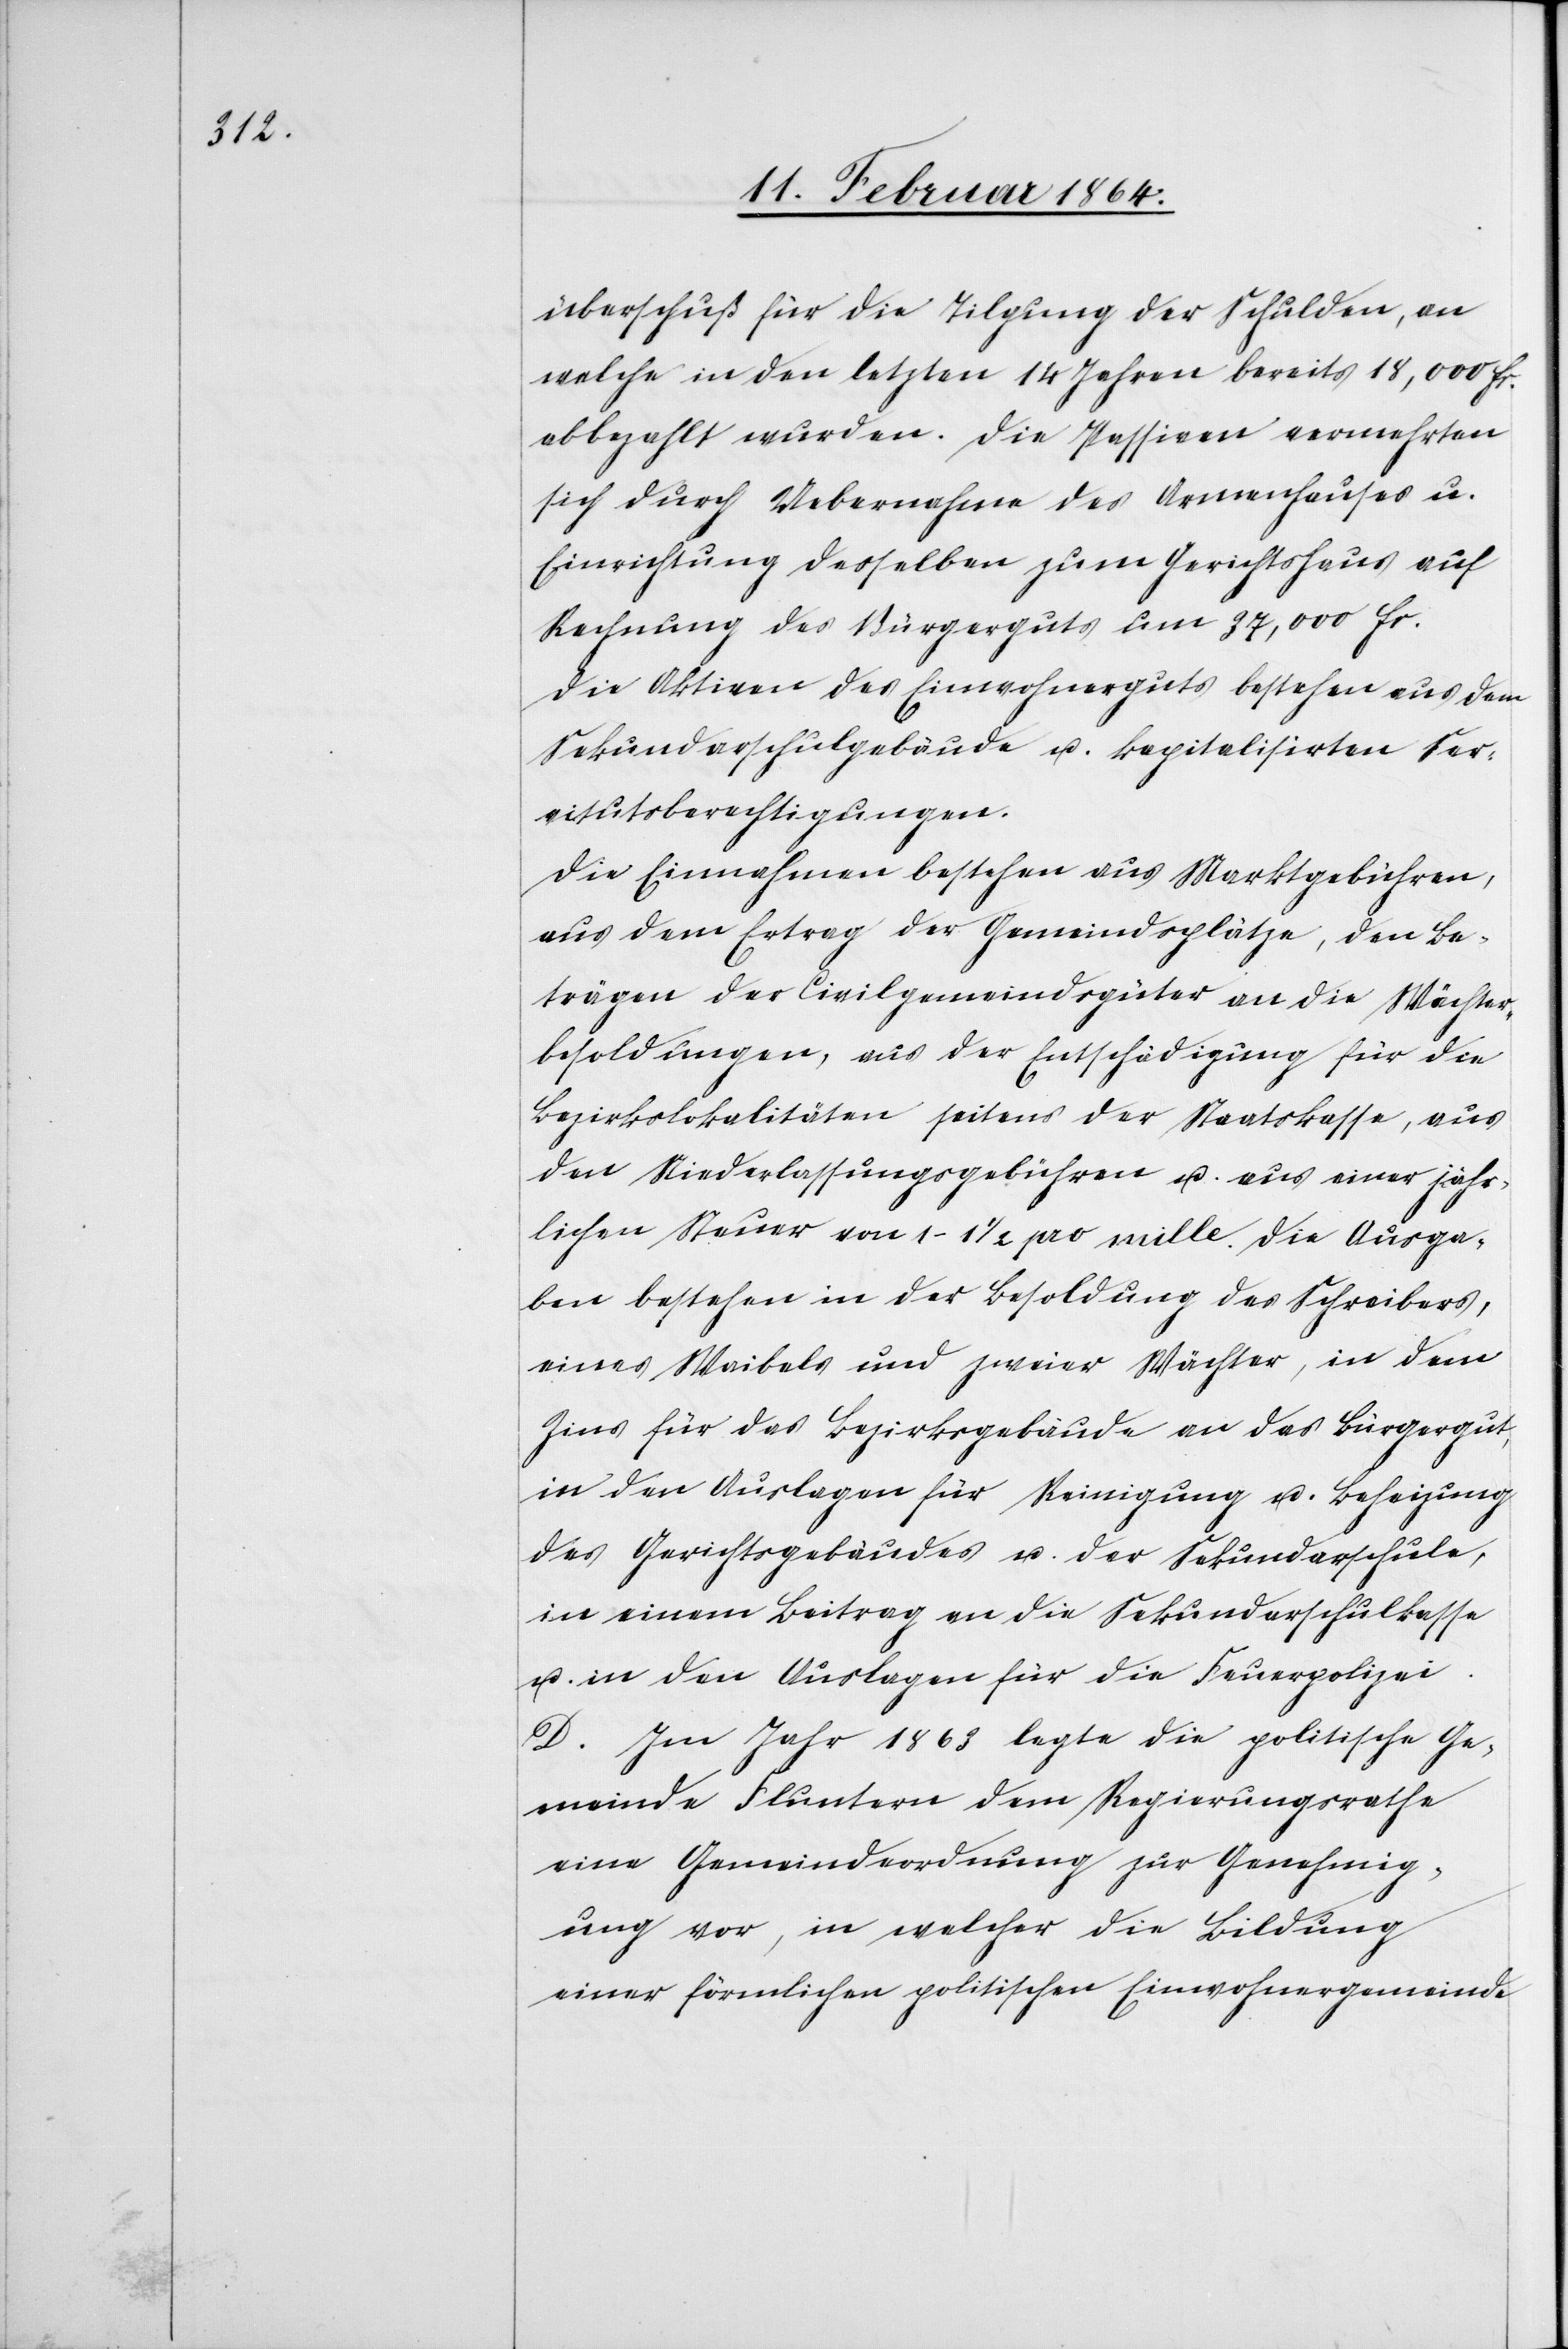
überschuß für die Tilgung der Schulden, an
welche in den letzten 14 Jahren bereits 18,000 fr.
abbezahlt wurden. Die Passiven vermehrten
sich durch Uebernahme des Armenhauses u.
Einrichtung desselben zum Gerichtshaus auf
Rechnung des Bürgerguts um 37,000 fr.
Die Aktiven des Einwohnerguts bestehen aus dem
Sekundarschulgebäude u. kapitalisirten Ser¬
vitutsberechtigungen.
Die Einnahmen bestehen aus Marktgebühren,
aus dem Ertrag der Gemeindsplätze, den Be¬
trägen der Civilgemeindsgüter an die Wächter¬
besoldungen, aus der Entschädigung für die
Bezirkslokalitäten seitens der Staatskasse, aus
den Niederlassungsgebühren u. aus einer jähr¬
lichen Steuer von 1–1 1/2 pro mille. Die Ausga¬
ben bestehen in der Besoldung des Schreibers,
eines Weibels und zweier Wächter, in dem
Zins für das Bezirksgebäude an das Bürgergut,
in den Auslagen für Reinigung u. Beheizung
des Gerichtsgebäudes u. der Sekundarschule,
in einem Beitrag an die Sekundarschulkasse
u. in den Auslagen für die Feuerpolizei.
D. Im Jahr 1863 legte die politische Ge¬
meinde Fluntern dem Regierungsrathe
eine Gemeindeordnung zur Genehmig¬
ung vor, in welcher die Bildung
einer förmlichen politischen Einwohnergemeinde